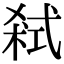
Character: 弑